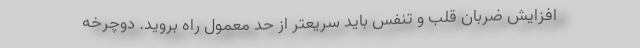
افزایش ضربان قلب و تنفس باید سریعتر از حد معمول راه بروید. دوچرخه